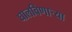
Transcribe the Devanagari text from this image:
घालविणार्‍या